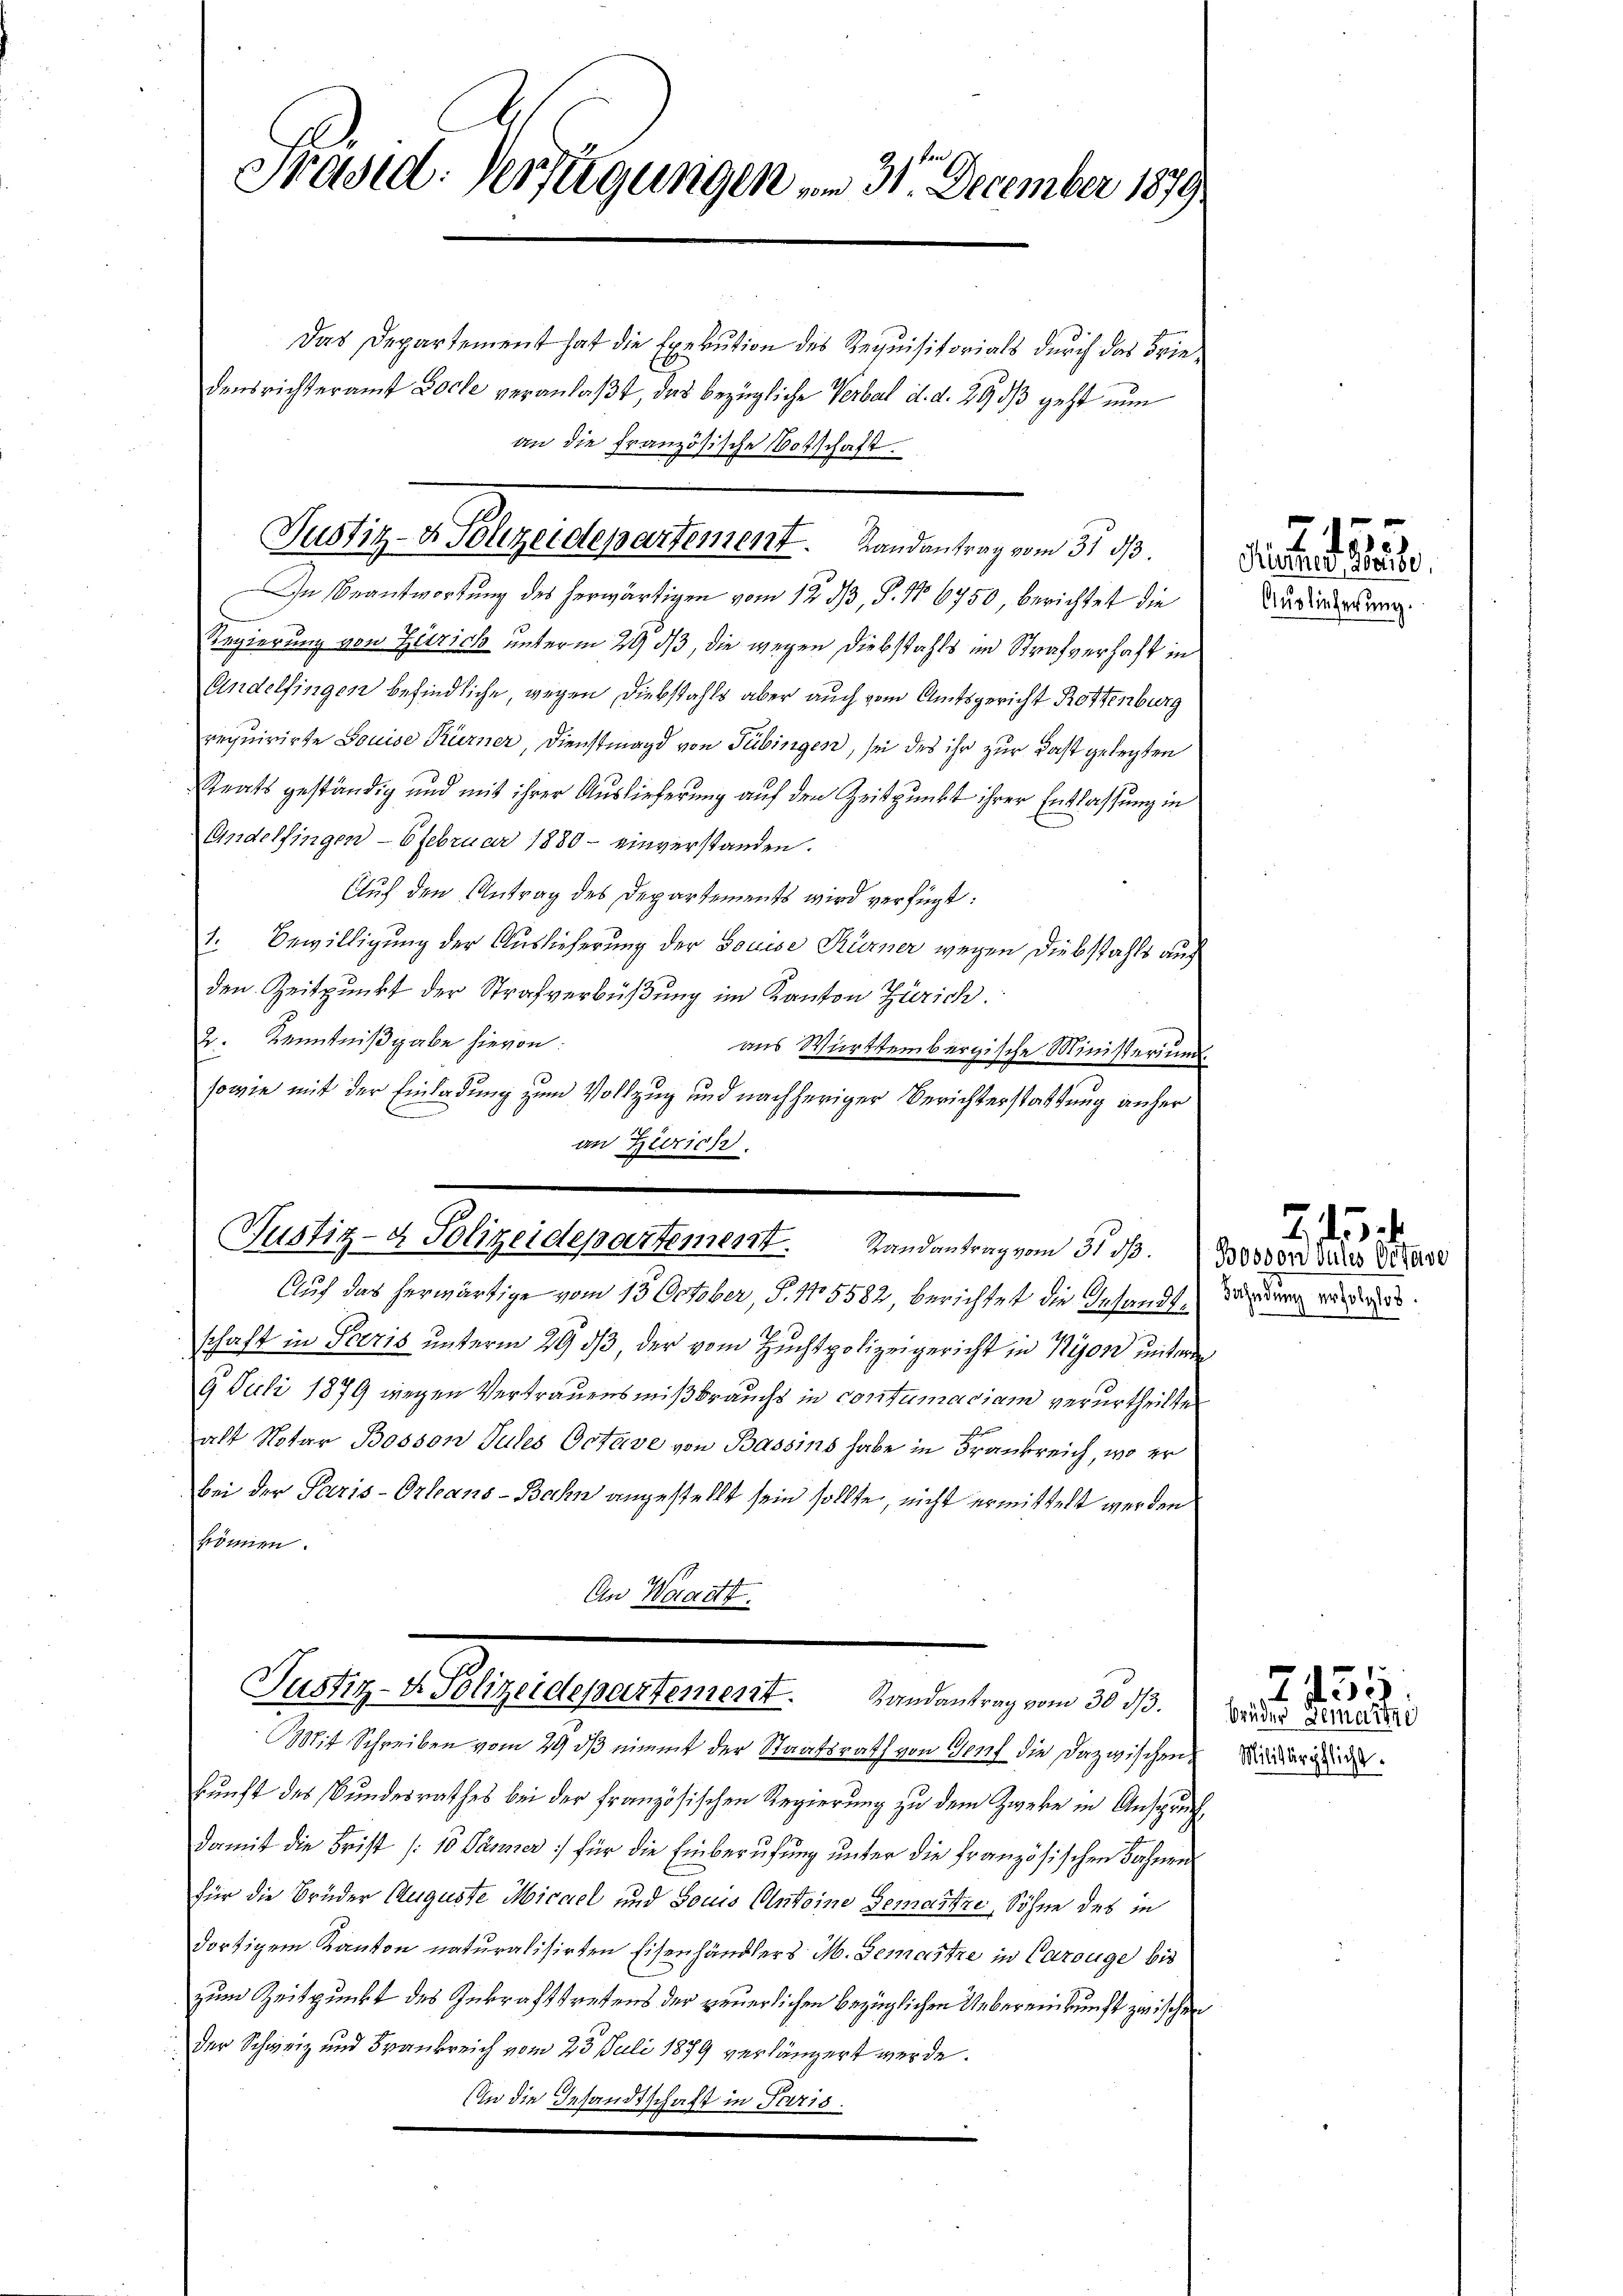
Präsid. Verfügungen am 31. December 1879

Das Departement hat die Exekution des Requisitorials durch das Friedensrichteramt Loche veranlaßt, das bezügliche Verbal d. d. 29 dß geht nun
an die Französische Botschaft.
In Beantwortung des herwärtigen vom 12. dβ, P. No 6750, berichtet die
Regierung von Zürich unterm 29. ds, die wegen Diebstahls im Strafverhaft in
Andelfingen befindliche, wegen Diebstahls aber auch vom Amtsgericht Rottenburg
requirirte Louise Kürner, Dienstmagd von Tübingen, sei des ihr zur Fast gelegten
Staats geständig und mit ihrer Auslieferung auf den Zeitpunkt ihrer Entlassung in
Andelfingen Ofebruar 1880 einverstanden.
Auch den Antrag des Departements wird verfügt:
1. Bewilligung der Auslieferung der Souise Kurner wegen Diebstahls auch
den Zeitpunkt der Strafverbüßung im Kanton Zürich.
2. Kenntnißgabe hievon:
aus Württembergische Ministerium.
sowie mit der Einladung zum Vollzug und nachheriger Berichterstattung anher
an Zürich.

Justiz v. Gelegendepartement. Undanten, am 5. 10.

Justiz- & Polizeidepartement. Randantrag vom 31. ds. Bosson und diese

Auf das herwärtige vom 13. October, S. 15582, berichtet die Insandte Wandern werde.
schaft in Paris unterm 29 dß, der vom Zuchtpolizeigericht in Nyon untere
9. Juli 1879 wegen Vertrauensmißbrauchs in contumaciam verurtheilte
alt Notar Bosson Jules Octave von Bassins habe in Frankreich, wo er
bei der Paris-Orleans-Bahn angestellt sein sollte, nicht ermittelt werden
können.
An Waadt.
Mit Schreiben vom 29 ds nimmt der Staatsrath von Genf die Dazwischenkunft des Bundesrathes bei der französischen Regierung zu dem Zweke in Anspruch,
damit die Frist (10 Panier :/ für die Einberufung unter die Französischen Bahnen
für die Brüder Auguste Micael und Louis Antoine Gemartze, Söhne des in
dortigem Kanton naturalisirten Eisenhändlers M. Gemartze in Carouge bis
zum Zeitpunkt des Inkrafttretens der neuerlichen bezüglichen Uebereinkunft zwischen
Der Schweiz und Frankreich vom 23. Juli 1879 verlängert werde.
In die Gesandtschaft in Paris.

Justiz- & Polizeidepartement. Randantrag vom 30. dβ.

155
Kücher, vorübe
Auslieferung.

Militärpflicht.

.

2451
brüder Gemartne